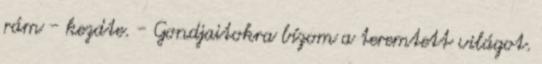
rám - kezdte. - Gondjaitokra bízom a teremtett világot.